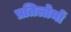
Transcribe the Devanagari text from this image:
प्रतिलोमों